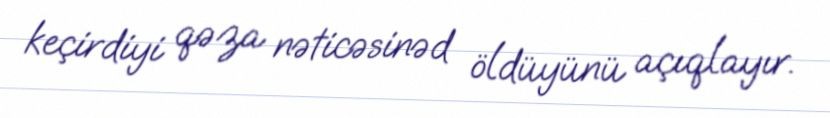
keçirdiyi qəza nəticəsinəd öldüyünü açıqlayır.